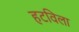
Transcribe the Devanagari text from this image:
हटविला